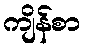
ကျိန်စာ